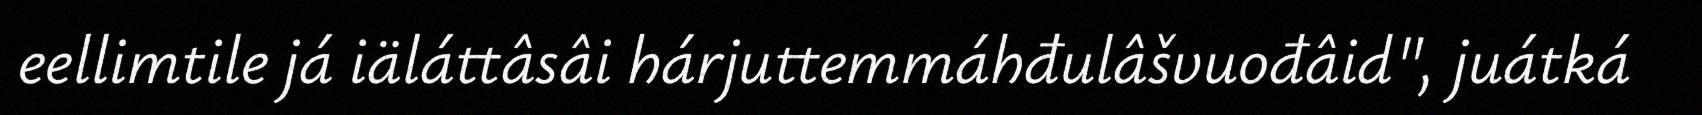
eellimtile já iäláttâsâi hárjuttemmáhđulâšvuođâid", juátká